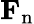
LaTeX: \mathbf{F}_{\mathrm{n}}